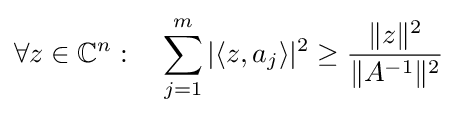
\forall z\in \mathbb {C} ^{n}:\quad \sum _{j=1}^{m}|\langle z,a_{j}\rangle |^{2}\geq {\frac {\|z\|^{2}}{\|A^{-1}\|^{2}}}